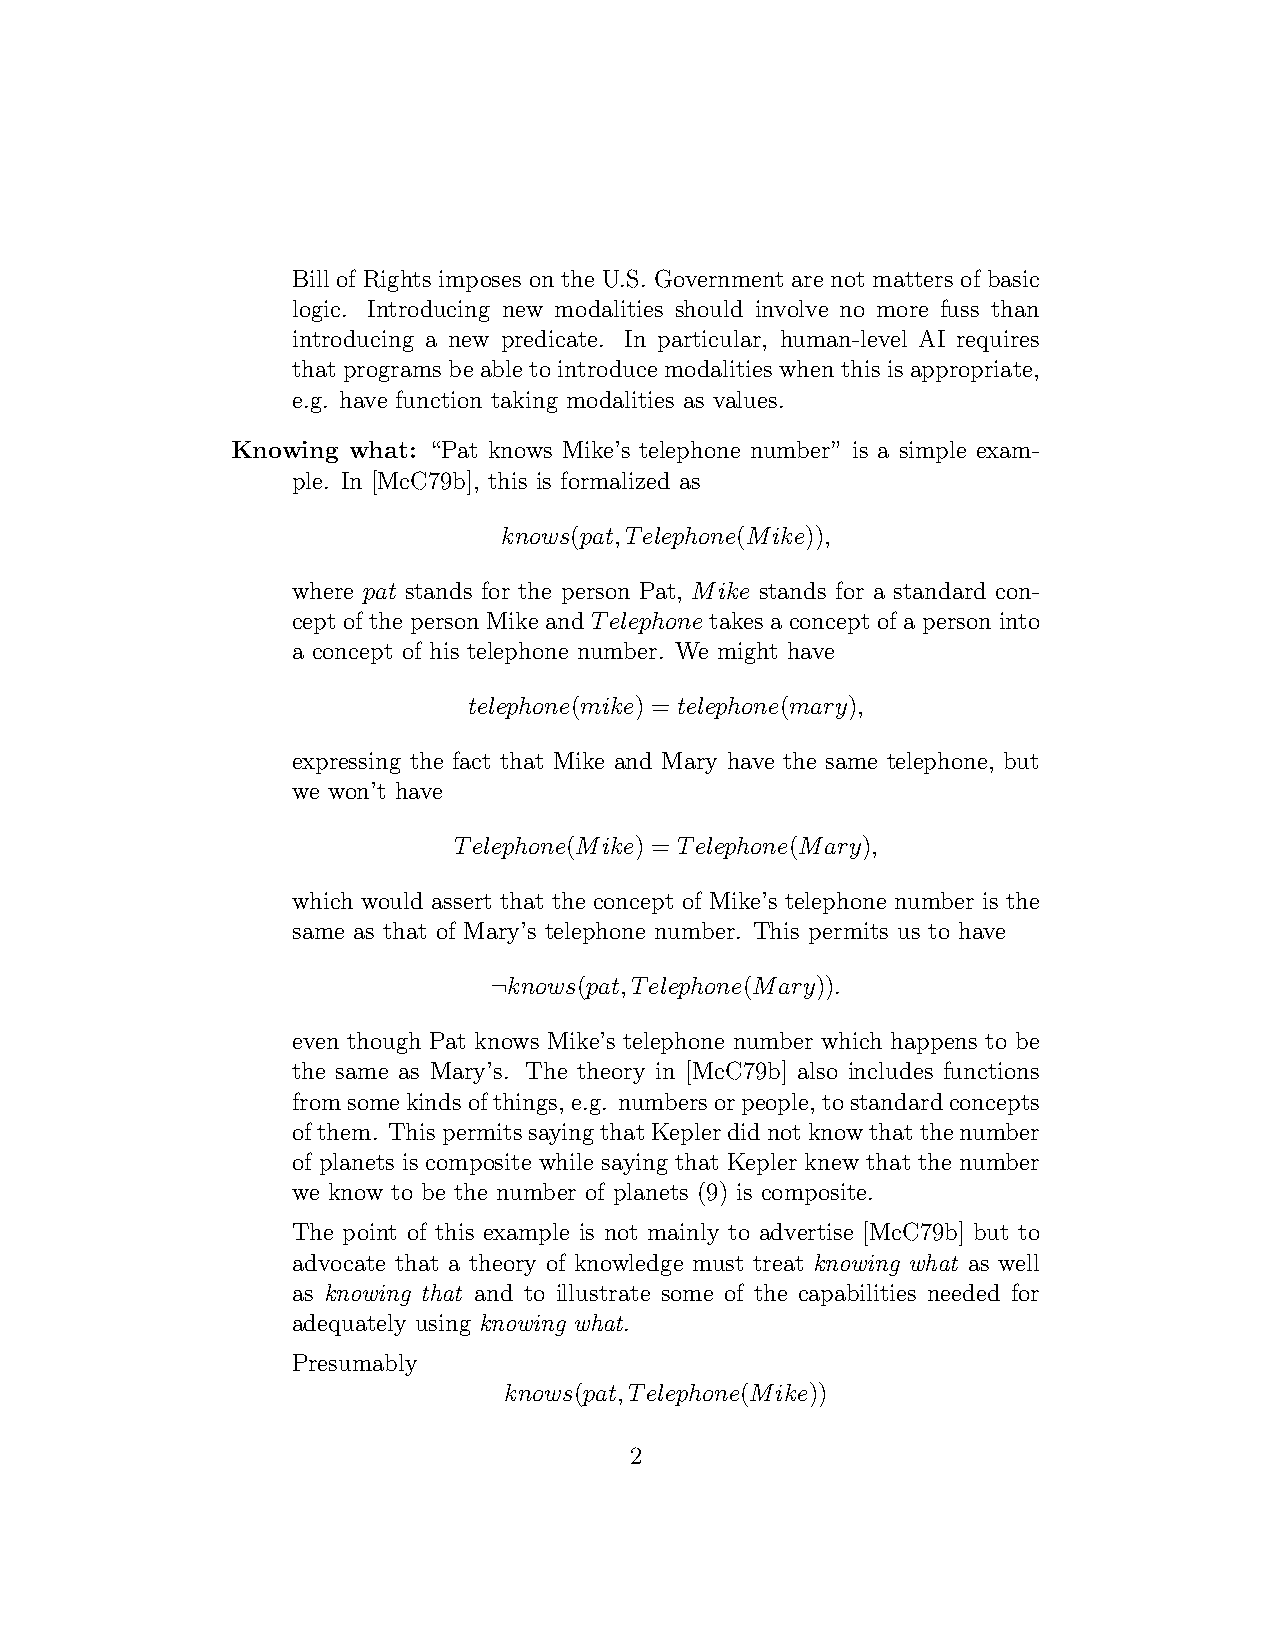
Bill of Rights imposes on the U.S. Government are not matters of basic
 logic. Introducing new modalities should involve no more fuss than
 introducing a new predicate. In particular, human-level AI requires
 that programs be able to introduce modalities when this is appropriate,
 e.g. have function taking modalities as values.
 Knowing what: “Pat knows Mike’s telephone number” is a simple exam-
 ple. In [McC79b], this is formalized as
 knows(pat,Telephone(Mike)),
 where pat stands for the person Pat, Mike stands for a standard con-
 cept of the person Mike and Telephone takes a concept of a person into
 a concept of his telephone number. We might have
 telephone(mike) = telephone(mary),
 expressing the fact that Mike and Mary have the same telephone, but
 we won’t have
 Telephone(Mike) = Telephone(Mary),
 which would assert that the concept of Mike’s telephone number is the
 same as that of Mary’s telephone number. This permits us to have
 ¬knows(pat,Telephone(Mary)).
 even though Pat knows Mike’s telephone number which happens to be
 the same as Mary’s. The theory in [McC79b] also includes functions
 fromsomekindsofthings,e.g. numbersorpeople,tostandardconcepts
 ofthem. ThispermitssayingthatKeplerdidnotknowthatthenumber
 of planets is composite while saying that Kepler knew that the number
 we know to be the number of planets (9) is composite.
 The point of this example is not mainly to advertise [McC79b] but to
 advocate that a theory of knowledge must treat knowing what as well
 as knowing that and to illustrate some of the capabilities needed for
 adequately using knowing what.
 Presumably
 knows(pat,Telephone(Mike))
 2